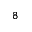
8